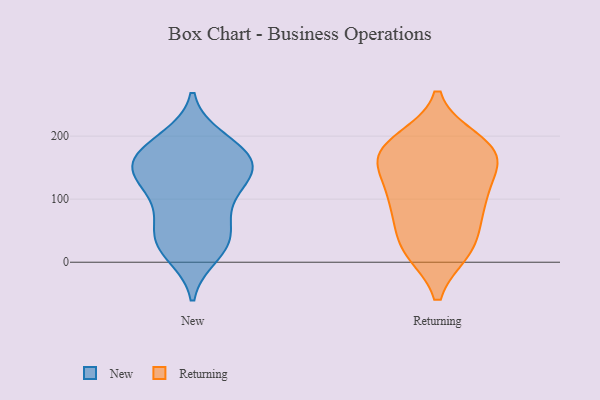
{"axis": {"x": "Website Visitors", "y": "Value"}, "legend": ["New", "Returning"], "data": [{"x": "", "y": 164, "type": "New"}, {"x": "", "y": 139, "type": "New"}, {"x": "", "y": 76, "type": "New"}, {"x": "", "y": 178, "type": "New"}, {"x": "", "y": 155, "type": "New"}, {"x": "", "y": 158, "type": "New"}, {"x": "", "y": 186, "type": "New"}, {"x": "", "y": 100, "type": "New"}, {"x": "", "y": 31, "type": "New"}, {"x": "", "y": 127, "type": "New"}, {"x": "", "y": 13, "type": "New"}, {"x": "", "y": 195, "type": "New"}, {"x": "", "y": 148, "type": "New"}, {"x": "", "y": 29, "type": "New"}, {"x": "", "y": 58, "type": "New"}, {"x": "", "y": 128, "type": "New"}, {"x": "", "y": 32, "type": "New"}, {"x": "", "y": 192, "type": "Returning"}, {"x": "", "y": 103, "type": "Returning"}, {"x": "", "y": 50, "type": "Returning"}, {"x": "", "y": 159, "type": "Returning"}, {"x": "", "y": 20, "type": "Returning"}, {"x": "", "y": 96, "type": "Returning"}, {"x": "", "y": 19, "type": "Returning"}, {"x": "", "y": 85, "type": "Returning"}, {"x": "", "y": 153, "type": "Returning"}, {"x": "", "y": 164, "type": "Returning"}, {"x": "", "y": 184, "type": "Returning"}, {"x": "", "y": 20, "type": "Returning"}, {"x": "", "y": 106, "type": "Returning"}, {"x": "", "y": 182, "type": "Returning"}, {"x": "", "y": 170, "type": "Returning"}]}